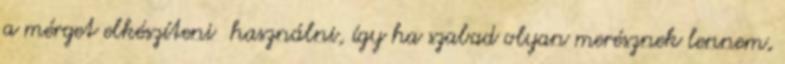
a mérget elkészíteni használni, így ha szabad olyan merésznek lennem,